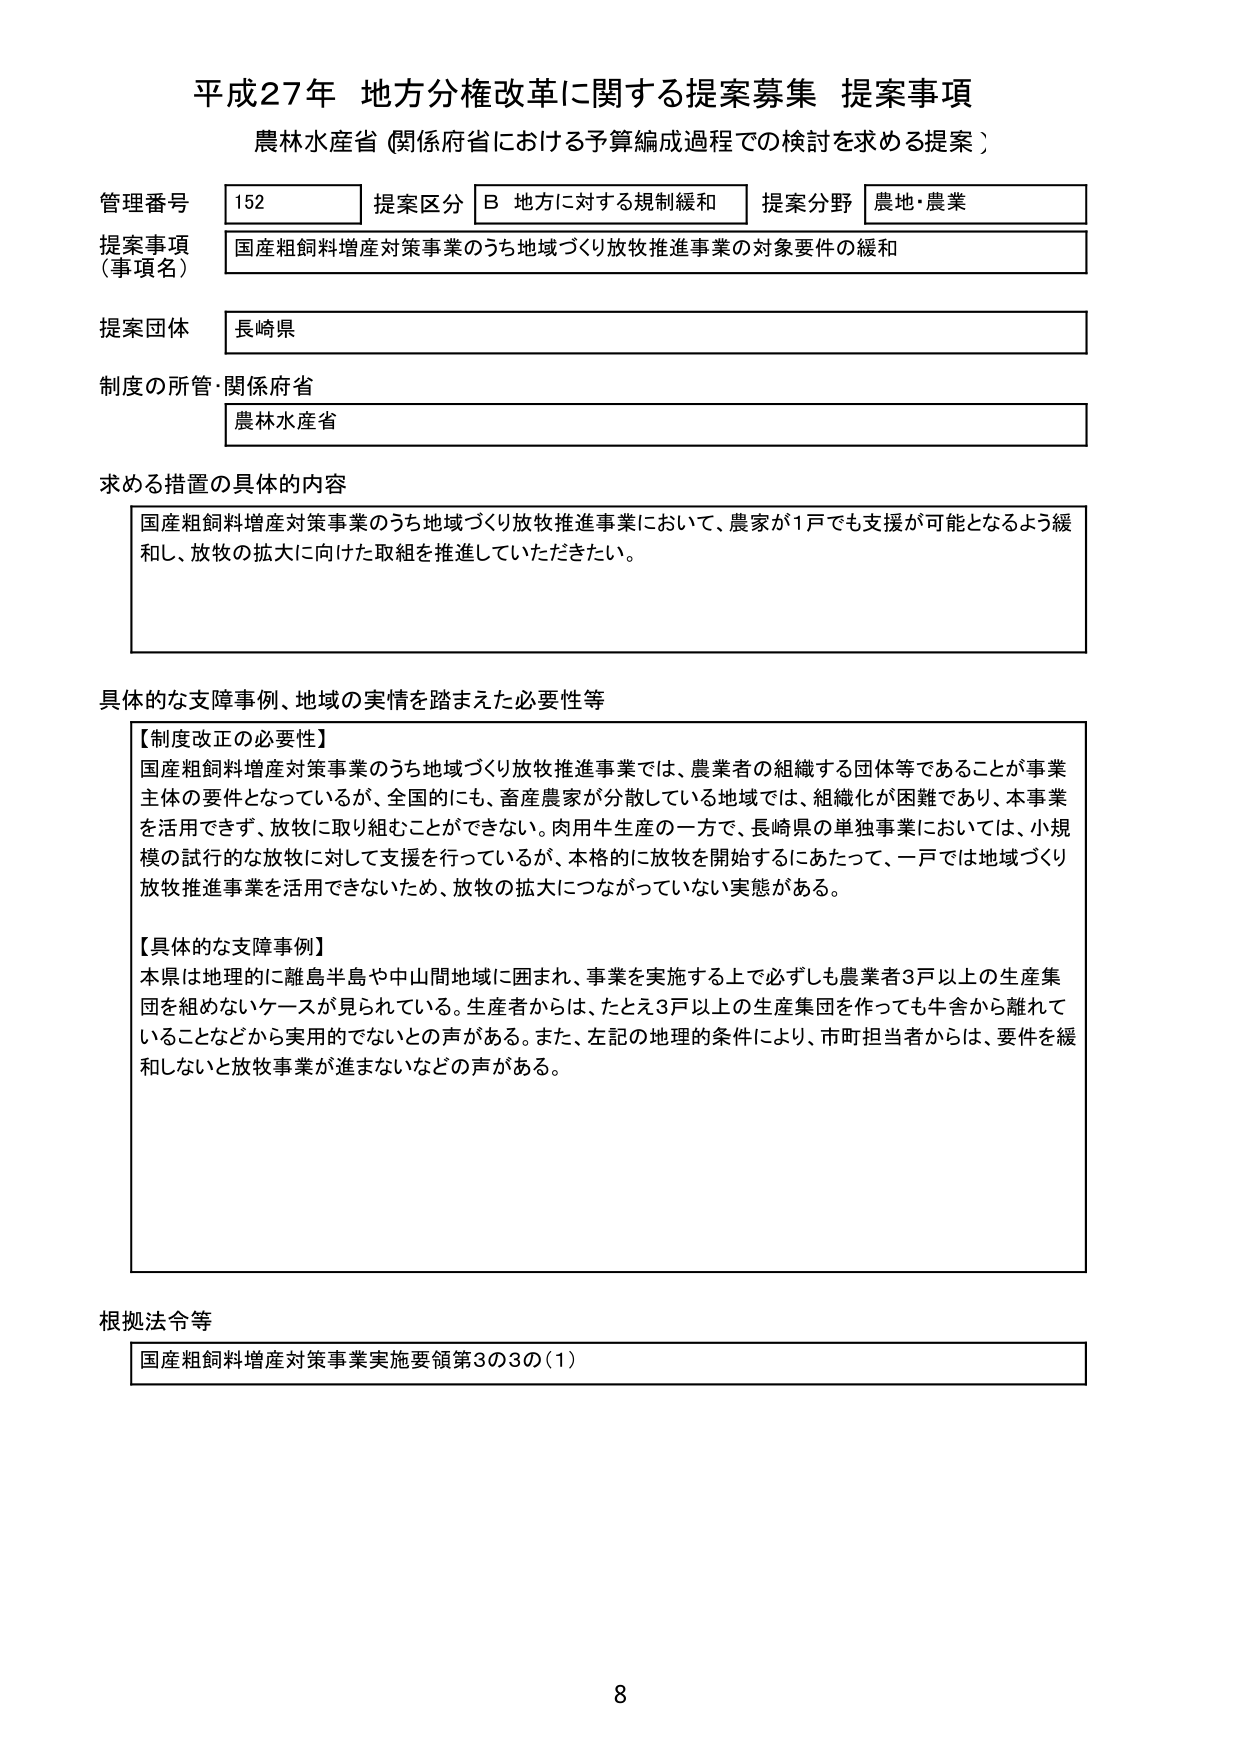
平成27年 地方分権改革に関する提案募集 提案事項
農林水産省（関係府省における予算編成過程での検討を求める提案）

管理番号 152
提案区分 B 地方に対する規制緩和
提案分野 農地・農業

提案事項（事項名）
国産粗飼料増産対策事業のうち地域づくり放牧推進事業の対象要件の緩和

提案団体
長崎県

制度の所管・関係府省
農林水産省

求める措置の具体的な内容
国産粗飼料増産対策事業のうち地域づくり放牧推進事業において、農家が1戸でも支援が可能となるよう緩和し、放牧の拡大に向けた取組を推進していただきたい。

具体的な支障事例、地域の実情を踏まえた必要性等
【制度改正の必要性】
国産粗飼料増産対策事業のうち地域づくり放牧推進事業では、農業者の組織する団体等であることが事業主体の要件となっているが、全国的にも、畜産農家が分散している地域では、組織化が困難であり、本事業を活用できず、放牧に取り組むことができない。肉用牛生産の一方で、長崎県の単独事業においては、小規模の試行的な放牧に対して支援を行っているが、本格的に放牧を開始するにあたって、一戸では地域づくり放牧推進事業を活用できないため、放牧の拡大につながっていない実態がある。

【具体的な支障事例】
本県は地理的に離島半島や中山間地域に囲まれ、事業を実施する上で必ずしも農業者3戸以上の生産集団を組めないケースが見られている。生産者からは、たとえ3戸以上の生産集団を作っても牛舎から離れていることなどから実用的でないとの声がある。また、左記の地理的条件により、市町担当者からは、要件を緩和しないと放牧事業が進まないなどの声がある。

根拠法令等
国産粗飼料増産対策事業実施要領第3の3の(1)

8